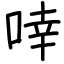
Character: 啈